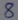
Text: 8